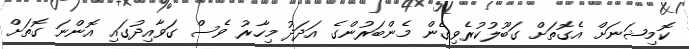
ކޮމިޝަނަށް އެގޮތަށް ގަބޫލުކުރެވިގެން މެންބަރުންގެ އަދަދު މިހާރު ވެސް ގަވާއިދުގައި އޮންނަ ގޮތަށް